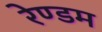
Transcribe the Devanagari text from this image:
रेण्डम